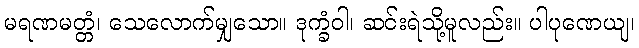
မရဏမတ္တံ၊ သေလောက်မျှသော။ ဒုက္ခံဝါ၊ ဆင်းရဲသို့မူလည်း။ ပါပုဏေယျ၊